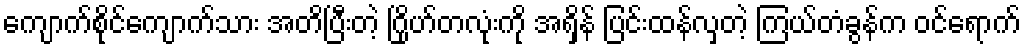
ကျောက်စိုင်ကျောက်သား အတိပြီးတဲ့ ဂြိုဟ်တလုံးကို အရှိန် ပြင်းထန်လှတဲ့ ကြယ်တံခွန်က ဝင်ရောက်